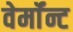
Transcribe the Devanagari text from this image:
वेर्माॅन्ट